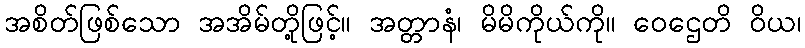
အစိတ်ဖြစ်သော အအိမ်တို့ဖြင့်။ အတ္တာနံ၊ မိမိကိုယ်ကို။ ဝေဌေတိ ဝိယ၊